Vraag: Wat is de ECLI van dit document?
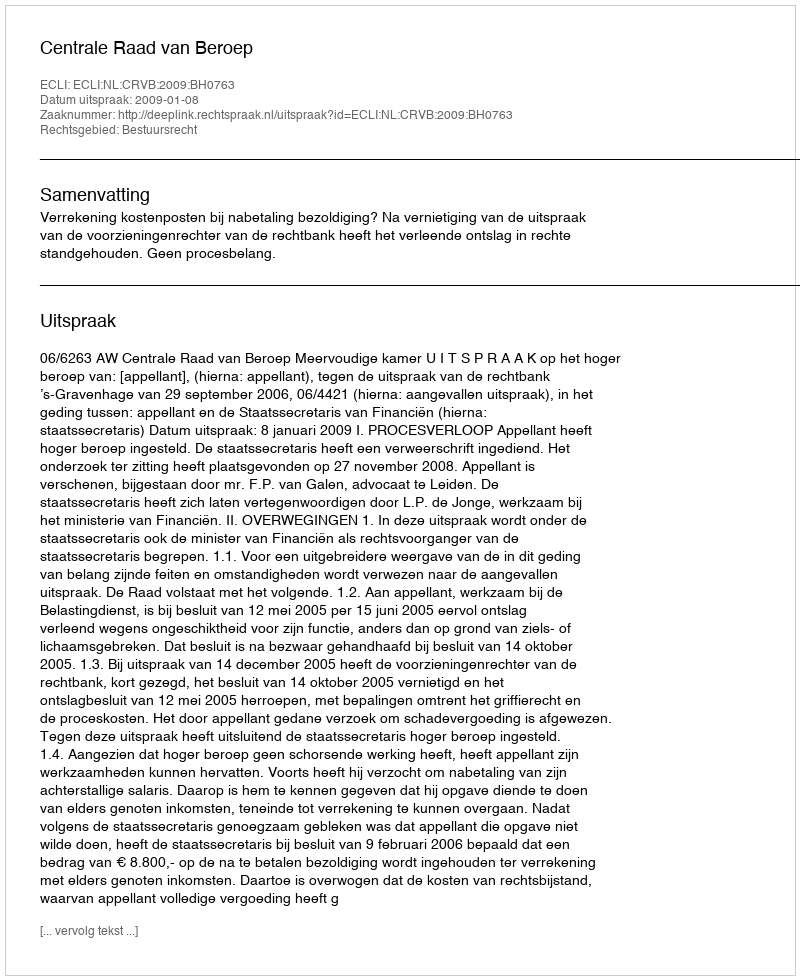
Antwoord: ECLI:NL:CRVB:2009:BH0763